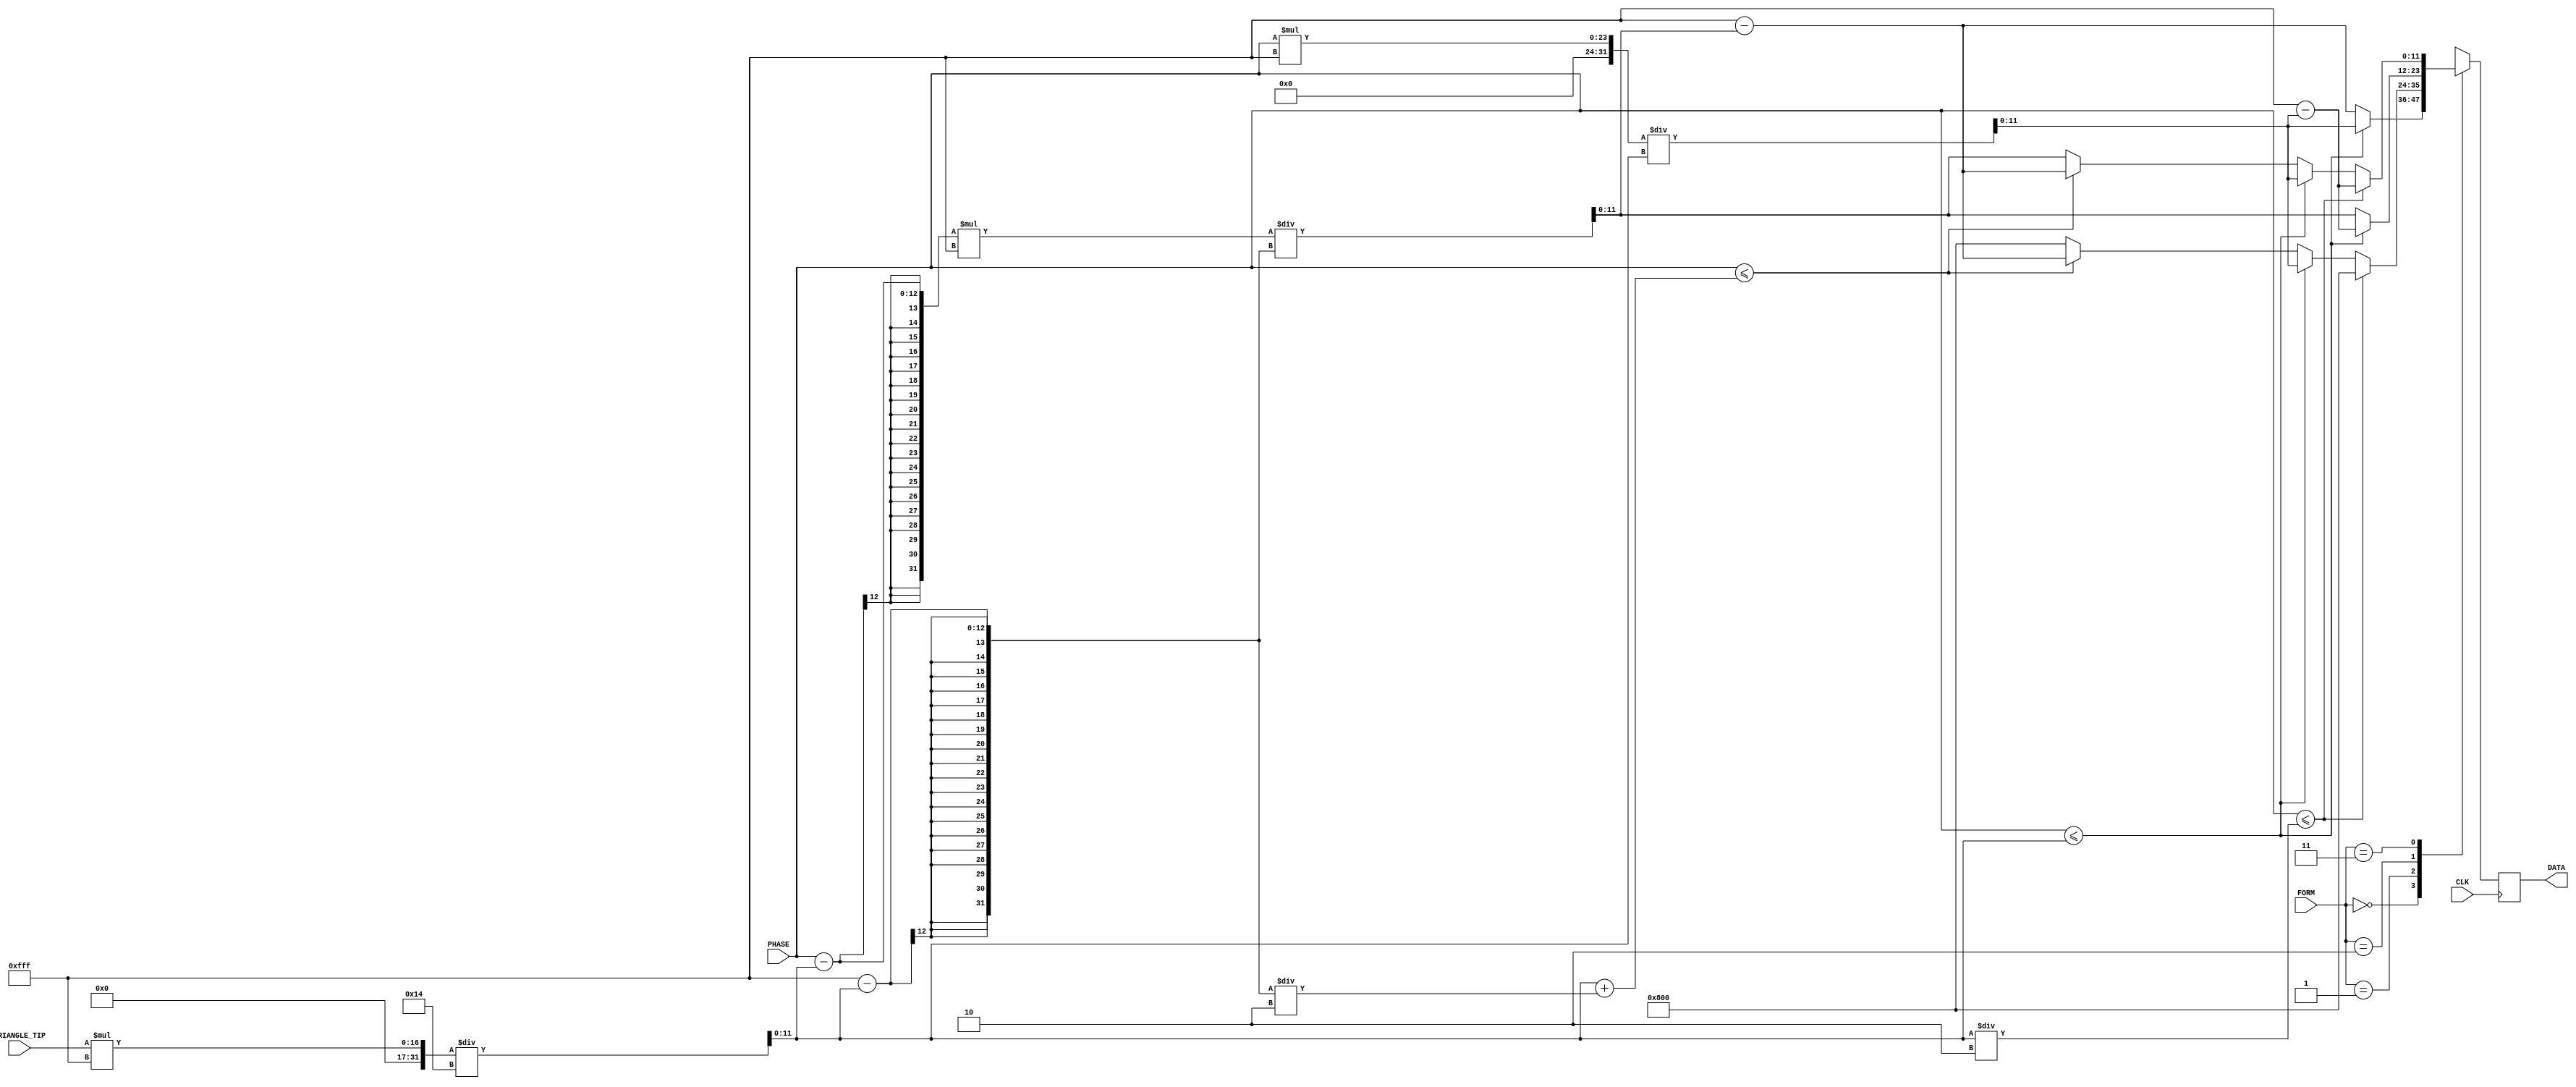
`timescale 1ns / 1ps

module triangle_wave(
    input CLK,
    input [11:0] PHASE,
    input [1:0] FORM,
    input [4:0] TRIANGLE_TIP,
    output reg [11:0] DATA
    );
    
    wire [11:0] PEAK_PHASE;
    wire [31:0] LARGE_PHASE;
    
    assign PEAK_PHASE = TRIANGLE_TIP * 4095 / 20;
    assign LARGE_PHASE = PHASE;
    
    always @ (posedge CLK) begin
        case (FORM)
            2'b00: DATA <= (PHASE <= PEAK_PHASE) ? LARGE_PHASE * 4095 / PEAK_PHASE : 4095 - ((LARGE_PHASE - PEAK_PHASE) * 4095) / (4095 - PEAK_PHASE);
            2'b01: DATA <= (PHASE <= PEAK_PHASE / 2) ? 2048 : (PHASE <= PEAK_PHASE) ? LARGE_PHASE * 4095 / PEAK_PHASE : (PHASE <= PEAK_PHASE + (4095 - PEAK_PHASE) / 2) ? 4095 - ((LARGE_PHASE - PEAK_PHASE) * 4095) / (4095 - PEAK_PHASE) : 2048;
            2'b10: DATA <= (PHASE <= PEAK_PHASE) ? 4095 - LARGE_PHASE * 4095 / PEAK_PHASE : ((LARGE_PHASE - PEAK_PHASE) * 4095) / (4095 - PEAK_PHASE);
            2'b11: DATA <= (PHASE <= PEAK_PHASE / 2) ? 4095 - LARGE_PHASE * 4095 / PEAK_PHASE : (PHASE <= PEAK_PHASE) ? LARGE_PHASE * 4095 / PEAK_PHASE : (PHASE <= PEAK_PHASE + (4095 - PEAK_PHASE) / 2) ? 4095 - ((LARGE_PHASE - PEAK_PHASE) * 4095) / (4095 - PEAK_PHASE) : ((LARGE_PHASE - PEAK_PHASE) * 4095) / (4095 - PEAK_PHASE);
        endcase
    end
    
endmodule